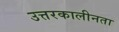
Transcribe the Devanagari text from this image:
उत्तरकालीनता